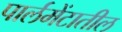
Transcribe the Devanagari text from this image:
पार्लमेंटातील